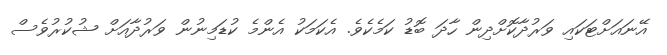
އޭނައަށްޓަކައި ވަރުދާކޮށްދިން ހާދަ ބޮޑު ކަމެކެވެ. އެކަމަކު އެންމެ ކުޑަމިނުން ވަރުދާއަށް ޝުކުރުވެސް